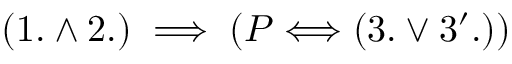
( 1 . \land 2 . ) \implies ( P \Longleftrightarrow ( 3 . \lor 3 ^ { \prime } . ) )